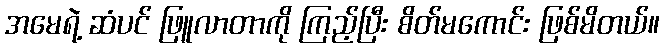
အမေရဲ့ ဆံပင် ဖြူလာတာကို ကြည့်ပြီး စိတ်မကောင်း ဖြစ်မိတယ်။